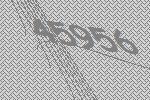
45956